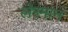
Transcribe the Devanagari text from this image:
लेरमान